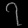
Digit: ၇